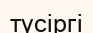
түсіргі